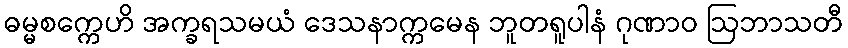
ဓမ္မစက္ကေဟိ အက္ခရသမယံ ဒေသနာက္ကမေန ဘူတရူပါနံ ဂုဏာဝ ဩဘာသတီ